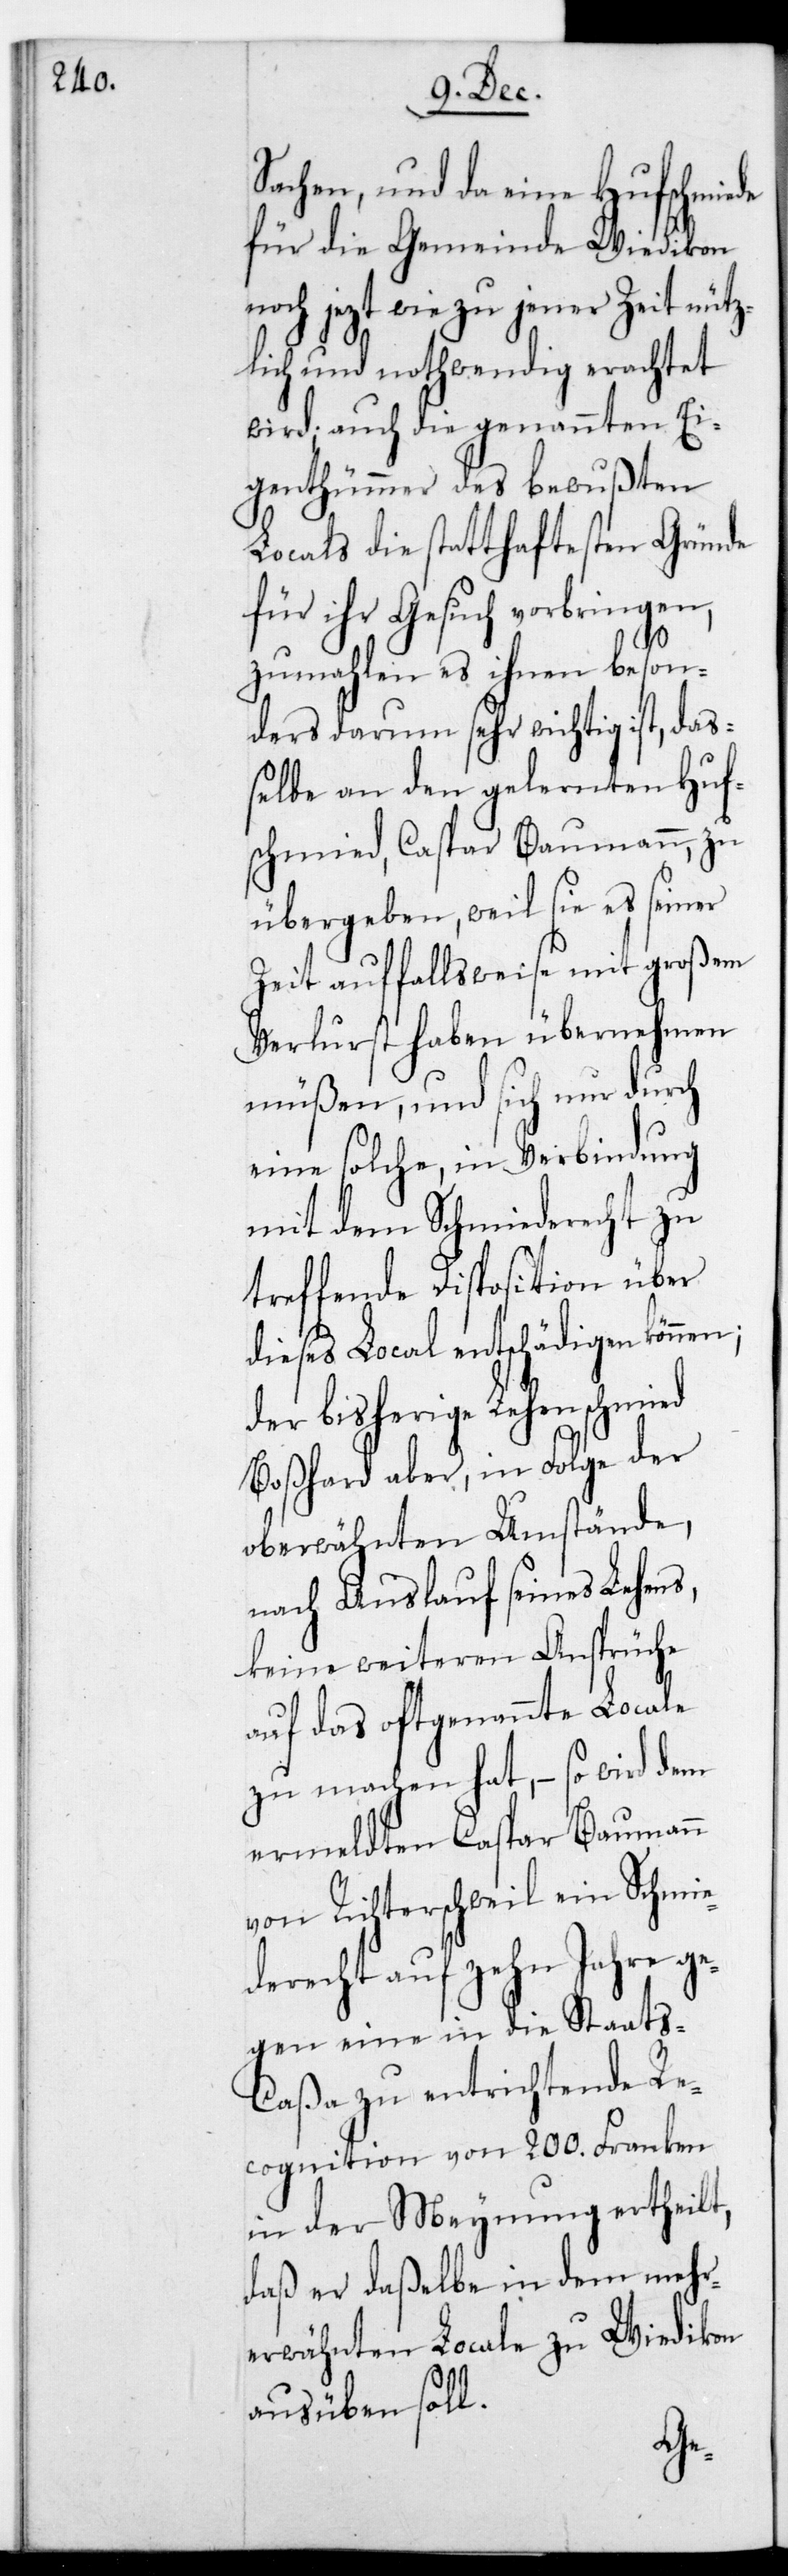
Sachen, und da eine Hufschmiede
für die Gemeinde Wiedikon
noch jezt wie zu jener Zeit nütz¬
lich und nothwendig erachtet
wird; auch die genannten Ei¬
genthümer des bewußten
Locals die statthaftesten Gründe
für ihr Gesuch vorbringen,
zumahlen es ihnen beson¬
ders darum sehr wichtig ist, daß¬
elbe an den gelernten Huf¬
schmied, Caspar Baumann, zu
übergeben, weil sie es seiner
Zeit auffallsweise mit großem
Verlust haben übernehmen
müßen, und sich nur durch
eine solche, in Verbindung
mit dem Schmiederecht zu
treffende Disposition über
dieses Local entschädigen können;
der bisherige Lehenschmied
Boßhard aber, in Folge der
oberwähnten Umstände,
nach Auslauf seines Lehens,
keine weiteren Ansprüche
auf das oftgenannte Locale
zu machen hat, – so wird dem
ermeldten Caspar Baumann
von Richterschweil ein Schmie¬
derecht auf zehn Jahre ge¬
gen eine in die Staats¬
caßa zu entrichtende Re¬
cognition von 200. Franken
in der Meynung ertheilt,
daß er daßelbe in dem mehr¬
erwähnten Locale zu Wiedikon
ausüben soll.